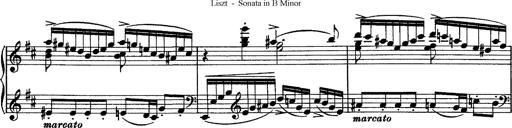
Title: Piano Sonata
Composer: Karl HÃ¤ssler
Key: C major